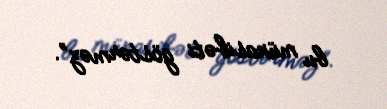
bu münasibəti göstərməz”.